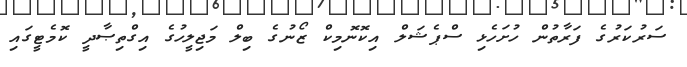
ސަރުކަރުގެ ފަރާތުން ހުށަހެޅި ސްޕެޝަލް އިކޮނޮމިކް ޒޯނުގެ ބިލް މަޖިލީހުގެ އިގްތިޞާދީ ކޮމެޓީގައި